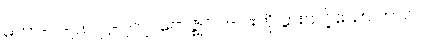
မဟာ-ပါ-၉၈၊ ဋ္ဌ-၂၀၇၊ ဗောဇ္ဈင် ၇-ပါးကို ပွားသင့်သော ကာလ၊